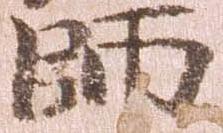
師